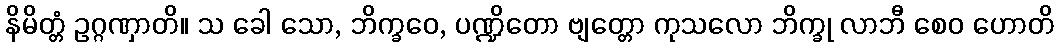
နိမိတ္တံ ဥဂ္ဂဏှာတိ။ သ ခေါ သော, ဘိက္ခဝေ, ပဏ္ဍိတော ဗျတ္တော ကုသလော ဘိက္ခု လာဘီ စေဝ ဟောတိ